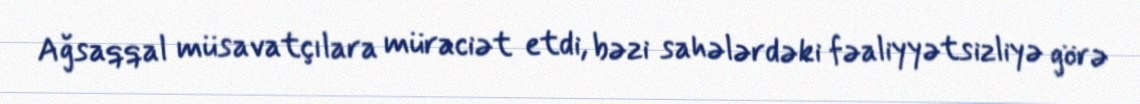
Ağsaqqal müsavatçılara müraciət etdi, bəzi sahələrdəki fəaliyyətsizliyə görə